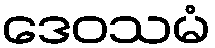
ဒေဝသမံ